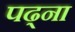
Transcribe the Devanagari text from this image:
पढ्ना